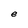
Character: e